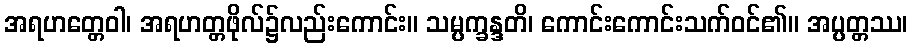
အရဟတ္တေဝါ၊ အရဟတ္တဖိုလ်၌လည်းကောင်း။ သမ္ပက္ခန္ဒတိ၊ ကောင်းကောင်းသက်ဝင်၏။ အပ္ပတ္တဿ၊